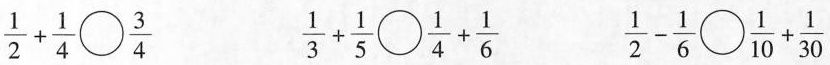
$$\frac{1}{2}+ \frac{1}{4}\bigcirc \frac{3}{4}$$ $$\frac{1}{3}+ \frac{1}{5}\bigcirc \frac{1}{4}+ \frac{1}{6}$$ $$\frac{1}{2}- \frac{1}{6}\bigcirc \frac{1}{10}+ \frac{1}{30}}$$